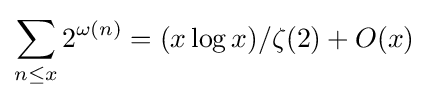
\sum _{n\leq x}2^{\omega (n)}=(x\log x)/\zeta (2)+O(x)